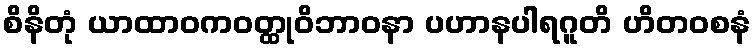
စိနိတုံ ယာထာဝကဝတ္ထုဝိဘာဝနာ ပဟာနပါရဂူတိ ဟိတဝစနံ